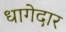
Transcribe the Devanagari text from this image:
धागेदार